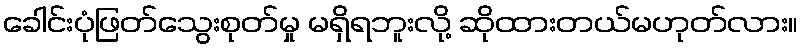
ခေါင်းပုံဖြတ်သွေးစုတ်မှု မရှိရဘူးလို့ ဆိုထားတယ်မဟုတ်လား။